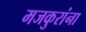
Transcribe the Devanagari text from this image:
मजकुरांना